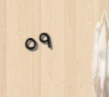
٥٩